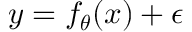
y = f _ { \boldsymbol { \theta } } ( x ) + \epsilon